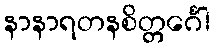
နာနာရတနစိတ္တင်္ဂေါ